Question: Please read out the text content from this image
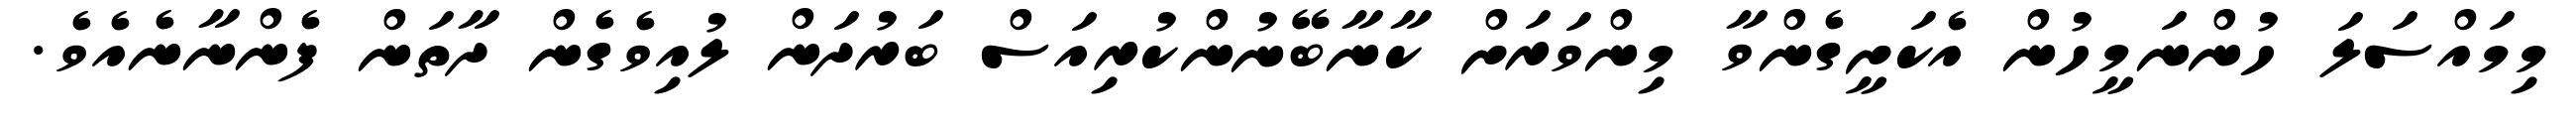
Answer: މިމައްސަލަ ހުންނަމީހުން އެކަށީގެންވާ މިންވަރަށް ކާނާބޭނުންކުރިއަސް ބަރުދަން ލުއިވެގެން ދާތަން ފެންނާނެއެވެ.